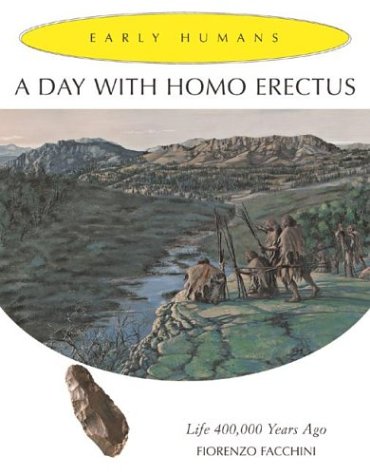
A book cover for A Day With Homo Erectus: Life 400,000 Years Ago (Early Humans); Fiorenzo Facchini; Children's Books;